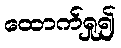
ထောက်ရှု၍